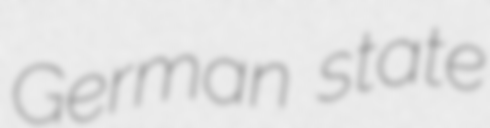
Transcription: German state